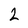
Character: 2